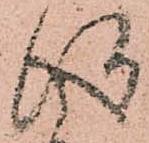
得